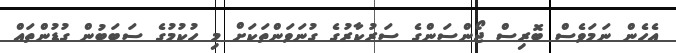
އެހެން ނަމަވެސް ބޮރިސް ޖޯންސަންގެ ސަރުކާރުގެ ގުނަވަންތަކަށް މި ހުކުމުގެ ސަބަބުން ގުޑުންތައް